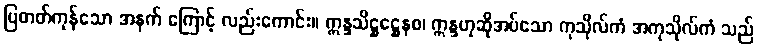
ပြတတ်ကုန်သော အနက် ကြောင့် လည်းကောင်း။ ဣန္ဒသိဋ္ဌဋ္ဌေနစ၊ ဣန္ဒဟုဆိုအပ်သော ကုသိုလ်ကံ အကုသိုလ်ကံ သည်